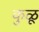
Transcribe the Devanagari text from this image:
कुळू